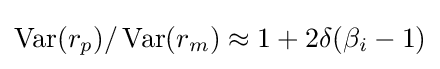
\operatorname {Var} (r_{p})/\operatorname {Var} (r_{m})\approx 1+2\delta (\beta _{i}-1)